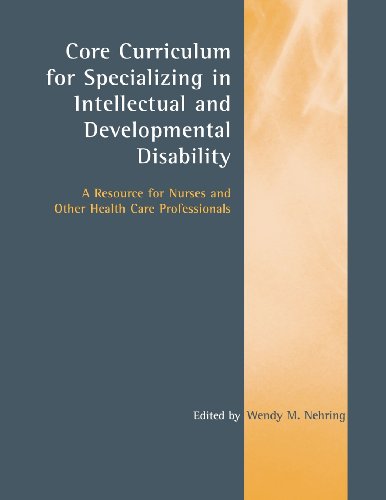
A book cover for Core Curriculum For Specializing In Intellectual And Developmental Disability: A Resource For Nurses And Other Health Care Professionals; Wendy M. Nehring; Medical Books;